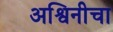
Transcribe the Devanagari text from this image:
अश्विनीचा